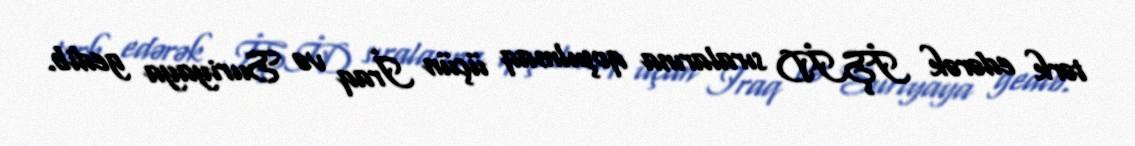
tərk edərək İŞİD sıralarına qoşulmaq üçün İraq və Suriyaya gedib.